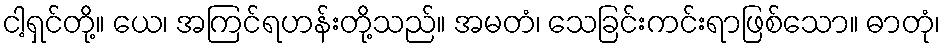
ငါ့ရှင်တို့။ ယေ၊ အကြင်ရဟန်းတို့သည်။ အမတံ၊ သေခြင်းကင်းရာဖြစ်သော။ ဓာတုံ၊